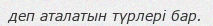
деп аталатын түрлері бар.